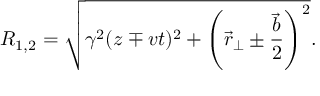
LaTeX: R _ { 1 , 2 } = \sqrt { \gamma ^ { 2 } ( z \mp v t ) ^ { 2 } + \left( \vec { r } _ { \perp } \pm { \frac { \vec { b } } { 2 } } \right) ^ { 2 } } .